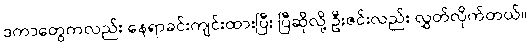
ဒကာတွေကလည်း နေရာခင်းကျင်းထားပြီး ပြီဆိုလို့ ဦးဇင်းလည်း လွှတ်လိုက်တယ်။